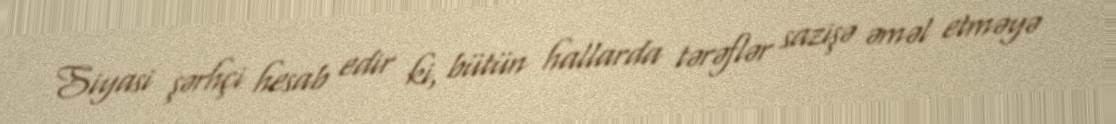
Siyasi şərhçi hesab edir ki, bütün hallarda tərəflər sazişə əməl etməyə